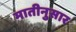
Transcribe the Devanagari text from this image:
मातीनुसार